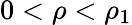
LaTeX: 0<\rho<\rho_{1}